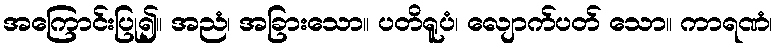
အကြောင်းပြု၍။ အညံ၊ အခြားသော။ ပတိရူပံ၊ လျောက်ပတ် သော။ ကာရဏံ၊